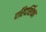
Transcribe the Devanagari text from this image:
परिदर्शिका